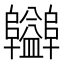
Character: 𨽪